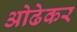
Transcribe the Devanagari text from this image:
ओढेकर